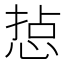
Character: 𢜋